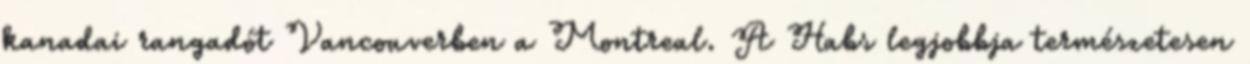
kanadai rangadót Vancouverben a Montreal. A Habs legjobbja természetesen